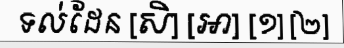
ទល់ដែន [សិ] [អា] [១] [២]